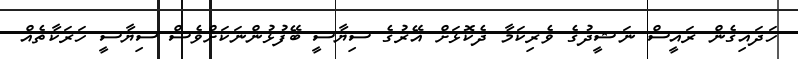
ހަދައިގެން ރައީސް ނަޝީދުގެ ވެރިކަމާ ދެކޮޅަށް އޭރުގެ ސިޔާސީ ބޭފުޅުންނަކަށްވެސް ސިޔާސީ ހަރަކާތެއް